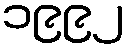
၁၉၉၂